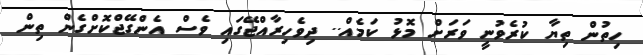
ހިތުން ތިޔާ ކުރެވުނީ ވަރަށް މޮޅު ކަމެއް.. ދިވެހިރާއްޖޭގައި ވެސް އެންގޭޖްކޮށްގެން ތިން